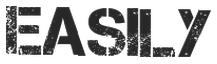
EASILY